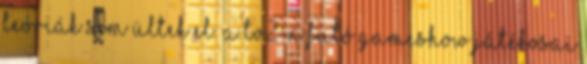
teóriák sem ültek el. A TV2-n futó gameshow játékosai